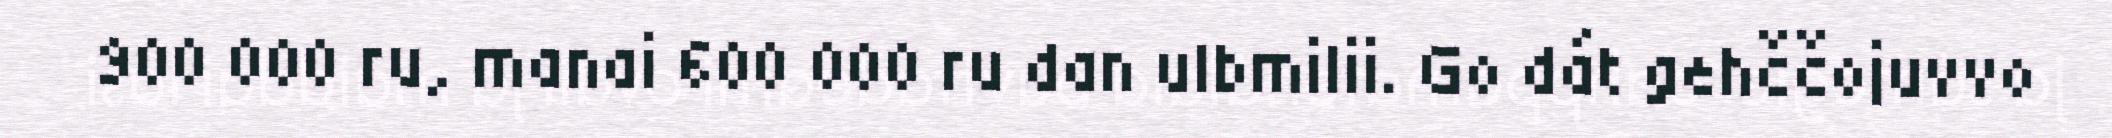
900 000 ru, manai 600 000 ru dan ulbmilii. Go dát gehččojuvvo